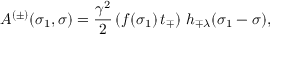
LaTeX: A ^ { ( \pm ) } ( \sigma _ { 1 } , \sigma ) = \frac { \gamma ^ { 2 } } { 2 } \, ( f ( \sigma _ { 1 } ) \, t _ { \mp } ) \, \, h _ { \mp \lambda } ( \sigma _ { 1 } - \sigma ) ,